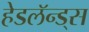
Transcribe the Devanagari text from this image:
हेडलॅन्ड्‌स